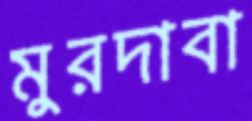
মুরদাবা